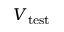
V _ { \mathrm { t e s t } }